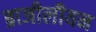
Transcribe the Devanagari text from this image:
ब्राजीलीयन